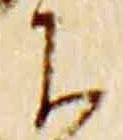
下